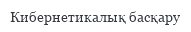
Кибернетикалық басқару